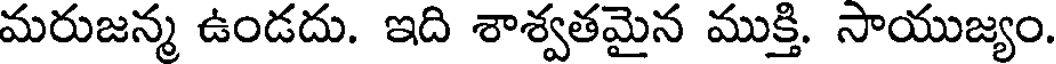
మరుజన్మ ఉండదు. ఇది శాశ్వతమైన ముక్తి. సాయుజ్యం.